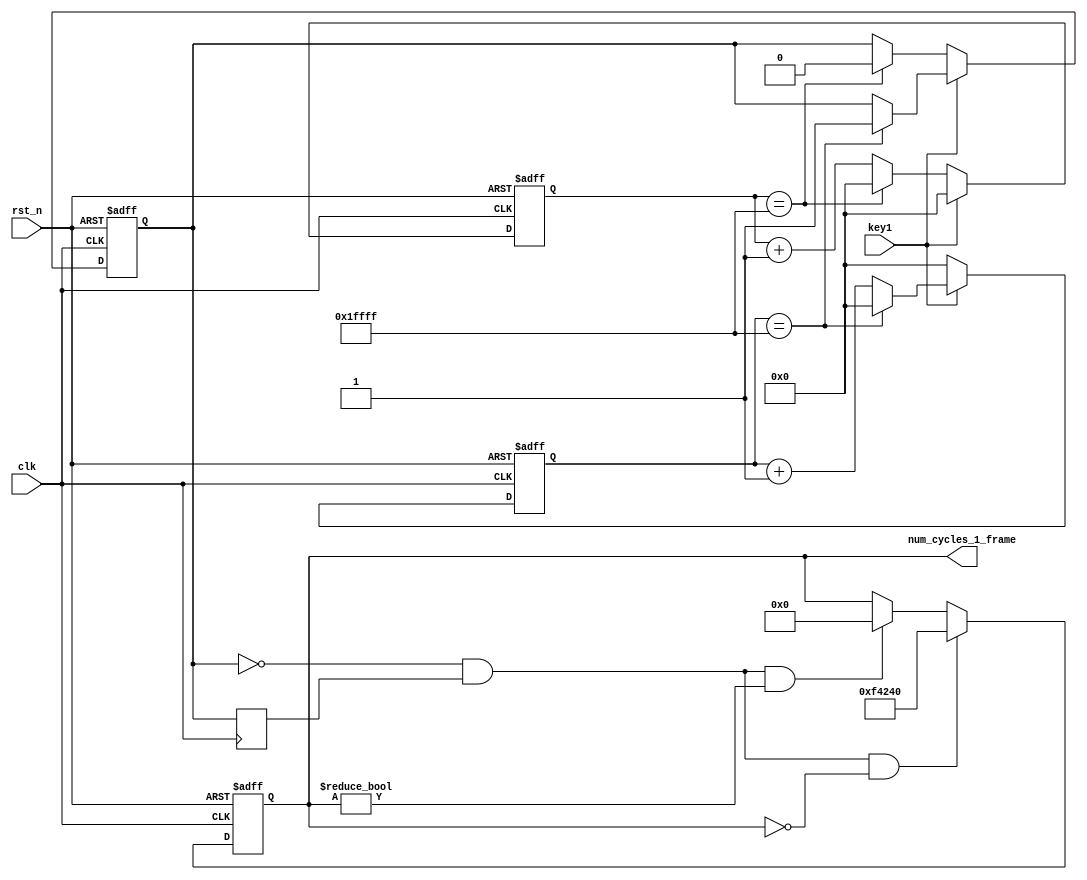
module play_pause
(
 clk,
 rst_n,
 key1,
 num_cycles_1_frame
);
input clk;
input rst_n;
input key1;
output [23:0] num_cycles_1_frame;

reg key1_internal;
reg key1_internal_s;
reg [17:0] high;
reg [17:0] low;
reg led1;
reg [23:0] num_cycles_1_frame;

always @ (posedge clk or negedge rst_n)
if (!rst_n) begin
	high <= 0;
	low  <= 0;
	key1_internal <= 0;
end
else if (key1) begin
	if (high == 17'h1ffff) begin
		key1_internal <= 1;
		high <= 0;
		low <= 0;
	end
	else begin
		high <= high + 1;
		low <= 0;
	end
end
else begin
	if (low == 17'h1ffff) begin
		key1_internal <= 0;
		high <= 0;
		low <= 0;
	end
	else begin
		low <= low + 1;
		high <= 0;
	end
end

always @(posedge clk)
	key1_internal_s <= key1_internal;
	
always @(posedge clk or negedge rst_n)
if (!rst_n) begin
	num_cycles_1_frame <= 0;
	//synopsys translate_off
	num_cycles_1_frame <= 1;
	//synopsys translate_on
end
else if(!key1_internal && key1_internal_s && num_cycles_1_frame == 0)
	num_cycles_1_frame <= 1000000;//25M @ 25fps
	//num_cycles_1_frame <= 1200000;//30M @ 25fps
	//num_cycles_1_frame <= 1120000;//28M @ 25fps
else if(!key1_internal && key1_internal_s && num_cycles_1_frame != 0)
	num_cycles_1_frame <= 0;
	
endmodule